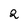
Character: 2